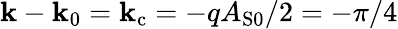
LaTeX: \mathbf{k}-\mathbf{k}_{0}=\mathbf{k}_{\mathrm{{c}}}=-qA_{\mathrm{{S}}0}/2=-\pi/4